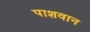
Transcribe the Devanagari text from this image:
पाशवान